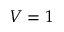
V = 1